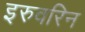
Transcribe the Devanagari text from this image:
इरुवरिन